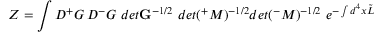
Z = \int { \cal D } { ^ + } G \, { \cal D } { ^ - } G \, \, d e t { \bf G } ^ { - 1 / 2 } \, \, d e t ( { ^ + } M ) ^ { - 1 / 2 } d e t ( { ^ - } M ) ^ { - 1 / 2 } \, \, e ^ { - \int d ^ { 4 } x \tilde { L } }